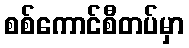
စစ်ကောင်စီတပ်မှာ